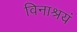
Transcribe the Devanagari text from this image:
विनाश्रयं